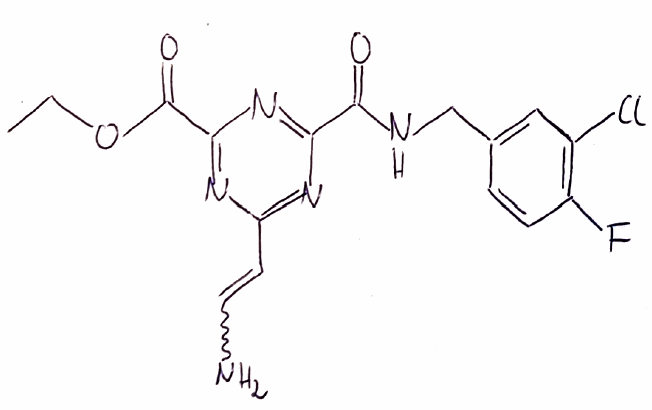
Simplified molecular-input line-entry system (SMILES) notation of the given molecule:
CCOC(=O)C1=NC(=NC(=N1)C(=O)NCC2=CC(=C(C=C2)F)Cl)C=CN